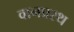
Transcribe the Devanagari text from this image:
वानप्रस्‍थ